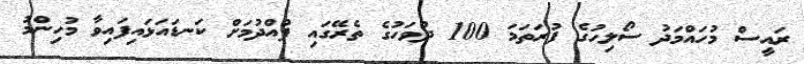
ރައީސް މުހައްމަދު ސޯލިހުގެ ފުރަތަމަ 100 ދުވަހުގެ ތެރޭގައި ފުއްދުމަށް ކަނޑައަޅައިފައިވާ މުހިންމު